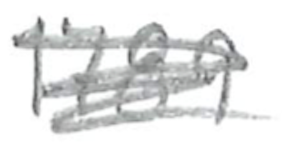
Text: 1789
Cross-out: scratch
Writing tool: pencil